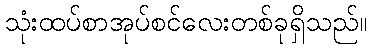
သုံးထပ်စာအုပ်စင်လေးတစ်ခုရှိသည်။